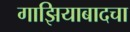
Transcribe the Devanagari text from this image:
गाझियाबादचा